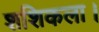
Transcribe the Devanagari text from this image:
शशिकला।